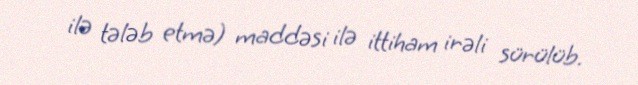
ilə tələb etmə) maddəsi ilə ittiham irəli sürülüb.